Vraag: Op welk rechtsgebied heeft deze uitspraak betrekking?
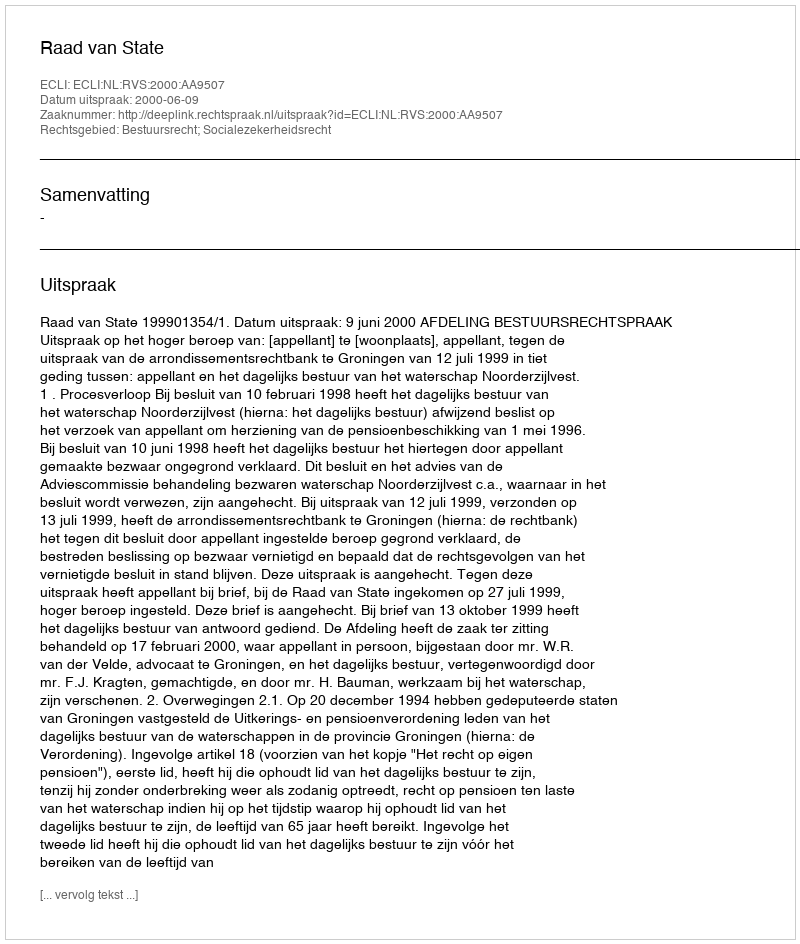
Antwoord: Bestuursrecht; Socialezekerheidsrecht